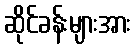
ဆိုင်ခန်းများအား